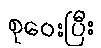
စုဝေးပြီး